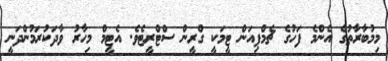
މިމުބާރާތުގެ އެންމެ ފަހުގެ ޗެމްޕިއަން ޓީމަކީ ގްރީން ސްޓްރީޓެވެ. އެޓީމް މިހާރު ވާދަކުރަމުންދަނީ